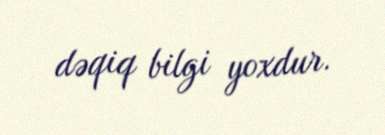
dəqiq bilgi yoxdur.